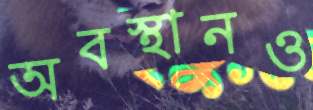
অবস্থানও